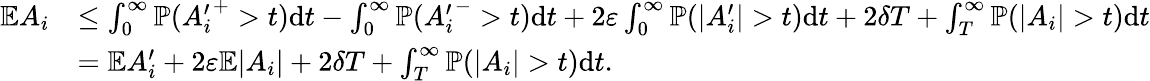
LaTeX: \begin{array}{rl}{\mathbb{E}A_{i}}&{\leq\int_{0}^{\infty}{\mathbb{P}}({A_{i}^{\prime}}^{+}>t)\mathrm{d}t-\int_{0}^{\infty}{\mathbb{P}}({A_{i}^{\prime}}^{-}>t)\mathrm{d}t+2\varepsilon\int_{0}^{\infty}{\mathbb{P}}(|A_{i}^{\prime}|>t)\mathrm{d}t+2\delta T+\int_{T}^{\infty}{\mathbb{P}}(|A_{i}|>t)\mathrm{d}t}\\ &{=\mathbb{E}A_{i}^{\prime}+2\varepsilon\mathbb{E}|A_{i}|+2\delta T+\int_{T}^{\infty}{\mathbb{P}}(|A_{i}|>t)\mathrm{d}t.}\end{array}